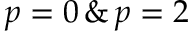
p = 0 \, \& \, p = 2